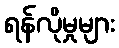
ရန်လိုမှုများ